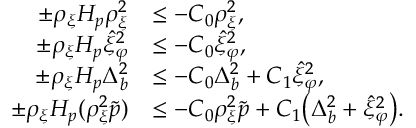
\begin{array} { r l } { \pm \rho _ { \xi } H _ { p } \rho _ { \xi } ^ { 2 } } & { \leq - C _ { 0 } \rho _ { \xi } ^ { 2 } , } \\ { \pm \rho _ { \xi } H _ { p } \hat { \xi } _ { \varphi } ^ { 2 } } & { \leq - C _ { 0 } \hat { \xi } _ { \varphi } ^ { 2 } , } \\ { \pm \rho _ { \xi } H _ { p } \Delta _ { b } ^ { 2 } } & { \leq - C _ { 0 } \Delta _ { b } ^ { 2 } + C _ { 1 } \hat { \xi } _ { \varphi } ^ { 2 } , } \\ { \pm \rho _ { \xi } H _ { p } ( \rho _ { \xi } ^ { 2 } \tilde { p } ) } & { \leq - C _ { 0 } \rho _ { \xi } ^ { 2 } \tilde { p } + C _ { 1 } \big ( \Delta _ { b } ^ { 2 } + \hat { \xi } _ { \varphi } ^ { 2 } \big ) . } \end{array}